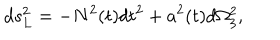
LaTeX: d s _ { L } ^ { 2 } = - N ^ { 2 } ( t ) d t ^ { 2 } + a ^ { 2 } ( t ) d \Omega _ { 3 } ^ { 2 } ,